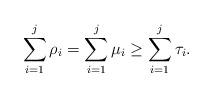
LaTeX: \begin{align*}\sum_{i=1}^j\rho_i=\sum_{i=1}^j\mu_i\geq\sum_{i=1}^j\tau_i.\end{align*}